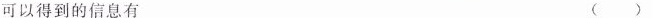
可以得到的信息有 ()